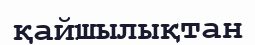
қайшылықтан